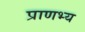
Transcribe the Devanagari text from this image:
प्राणभ्य